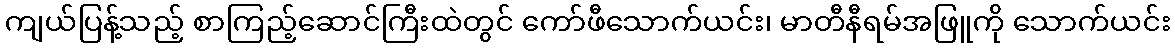
ကျယ်ပြန့်သည့် စာကြည့်ဆောင်ကြီးထဲတွင် ကော်ဖီသောက်ယင်း၊ မာတီနီရမ်အဖြူကို သောက်ယင်း